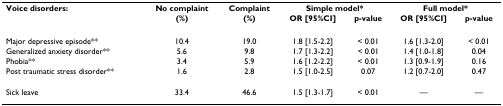
| Voice disorders: | No complaint | Complaint | <COLSPAN=2> Simple model* | <COLSPAN=2> Full model* |
 |  | (%) | (%) | OR [95%CI] | p-value | OR [95%CI] | p-value |
 | --- | --- | --- | --- | --- | --- | --- |
 | Major depressive episode** | 10.4 | 19.0 | 1.8 [1.5-2.2] | < 0.01 | 1.6 [1.3-2.0] | < 0.01 |
 | Generalized anxiety disorder** | 5.6 | 9.8 | 1.7 [1.3-2.2] | < 0.01 | 1.4 [1.0-1.8] | 0.04 |
 | Phobia** | 3.4 | 5.9 | 1.6 [1.2-2.2] | < 0.01 | 1.3 [0.9-1.9] | 0.16 |
 | Post traumatic stress disorder** | 1.6 | 2.8 | 1.5 [1.0-2.5] | 0.07 | 1.2 [0.7-2.0] | 0.47 |
 | Sick leave | 33.4 | 46.6 | 1.5 [1.3-1.7] | < 0.01 | — | — |